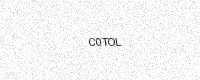
Text: C0TOL